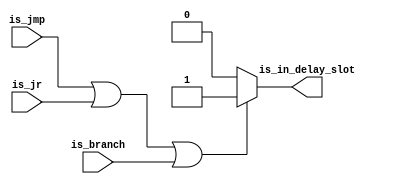
module is_delayslot(
		input		is_jmp,
		input		is_jr,
		input		is_branch,
		output reg	is_in_delay_slot
	);

	always@(*) begin
		if(is_jmp == 1'b1 || is_jr == 1'b1 || is_branch == 1'b1) begin
			is_in_delay_slot = 1'b1;
		end
		else begin
			is_in_delay_slot = 1'b0;
		end
	end

endmodule